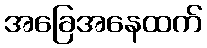
အခြေအနေထက်